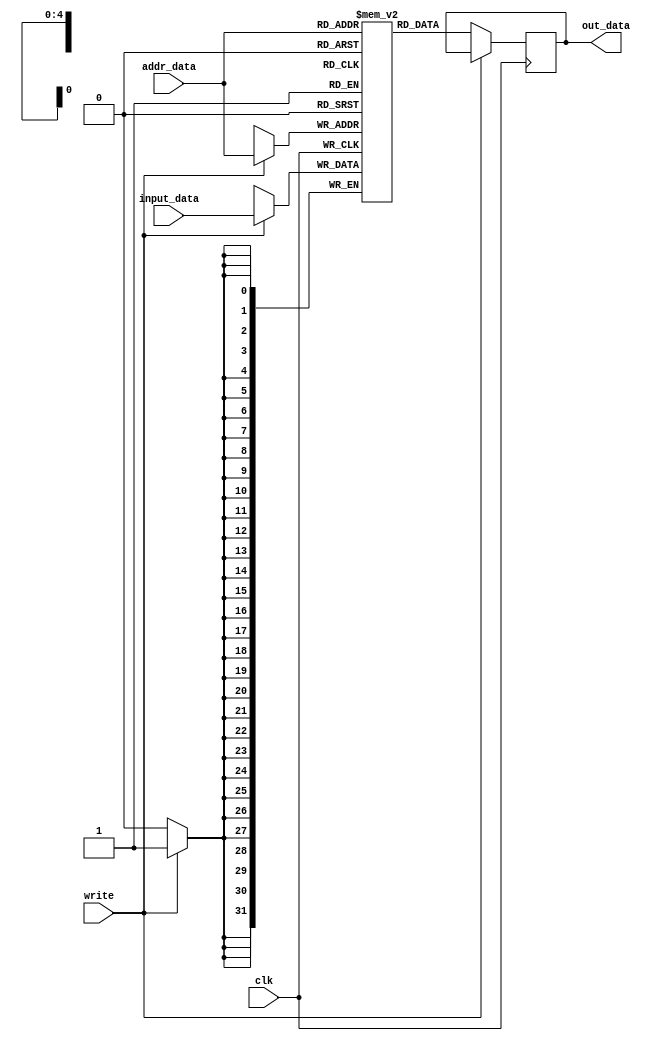
`timescale 1ns / 1ps
//////////////////////////////////////////////////////////////////////////////////
// Company: 
// Engineer: 
// 
// Design Name: 
// Module Name:    data_mem 
// Project Name: 
// Target Devices: 
// Tool versions: 
// Description: 
//
// Dependencies: 
//
// Revision: 
// Revision 0.01 - File Created
// Additional Comments: 
//
//////////////////////////////////////////////////////////////////////////////////
module data_mem #(
				parameter RAM_WIDTH = 32,                       // Specify RAM data width
				parameter RAM_ADDR_BITS= 5                     // Specify RAM depth (number of entries)
				)(
				input clk,
				input write,
				input [RAM_ADDR_BITS-1:0] addr_data,
				input [RAM_WIDTH-1:0] input_data,
				output reg[RAM_WIDTH-1:0] out_data
				);
	reg [RAM_WIDTH-1:0] ram_vec [(2**RAM_ADDR_BITS)-1:0];
	
   //  The forllowing code is only necessary if you wish to initialize the RAM 
   //  contents via an external file (use $readmemb for binary data)
   //initial
	//begin
   //    $readmemb("binario.bin", ram_vec);
	//end


	always @(posedge clk)
	begin
			if (write)
				ram_vec[addr_data] <= input_data;
			else
				out_data <= ram_vec[addr_data];
	end
	

endmodule